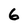
Character: 6